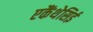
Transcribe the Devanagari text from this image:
एकैंथेसिई